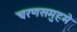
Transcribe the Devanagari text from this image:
चरणसमुहमे